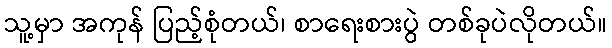
သူ့မှာ အကုန် ပြည့်စုံတယ်၊ စာရေးစားပွဲ တစ်ခုပဲလိုတယ်။